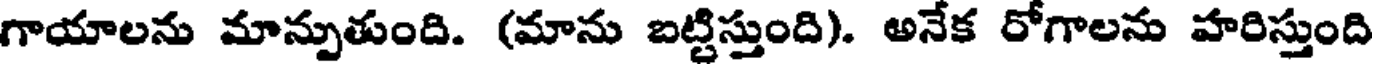
గాయాలను మాన్పుతుంది. (మాను బట్టిస్తుంది). అనేక రోగాలను హరిస్తుంది